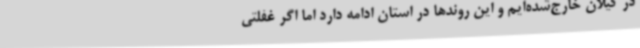
در گیلان خارج‌شده‌ایم و این روندها در استان ادامه دارد اما اگر غفلتی